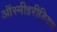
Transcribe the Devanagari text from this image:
ऑस्मीइरीडियम